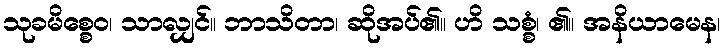
သုခမိစ္စေဝ၊ သာလျှင်။ ဘာသိတာ၊ ဆိုအပ်၏။ ဟိ သစ္စံ၊ ၏။ အနိယာမေန၊